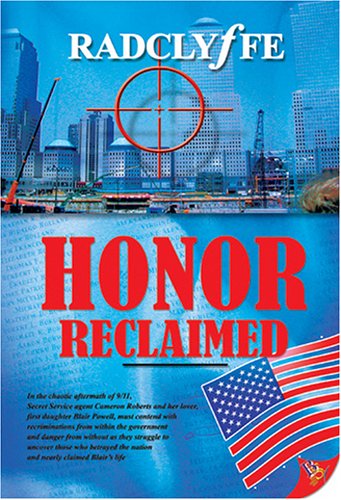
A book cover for Honor Reclaimed; Radclyffe; Romance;